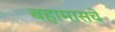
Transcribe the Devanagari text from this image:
बहामासचे